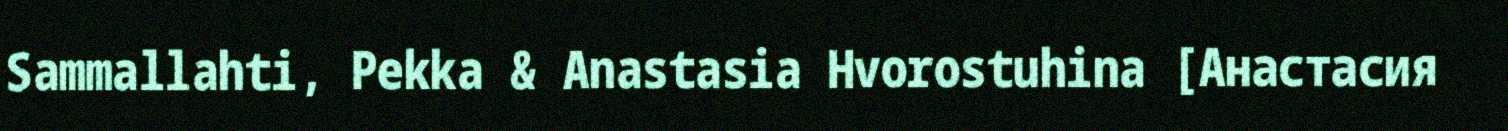
Sammallahti, Pekka & Anastasia Hvorostuhina [Анастасия